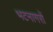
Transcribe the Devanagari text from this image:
भटनागरों